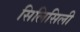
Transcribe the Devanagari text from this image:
सिलिसिली